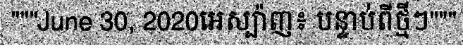
"""June 30, 2020អេស្ប៉ាញ៖ បន្ទាប់ពីថ្មីៗ"""